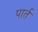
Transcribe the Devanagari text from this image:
पार्त